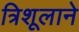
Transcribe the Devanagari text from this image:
त्रिशूलाने